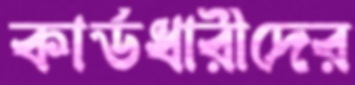
কার্ডধারীদের